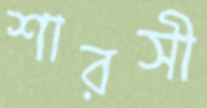
শারসী